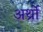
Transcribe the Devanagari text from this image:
अर्थ्रो